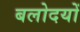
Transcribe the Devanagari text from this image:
बलोदयों